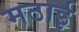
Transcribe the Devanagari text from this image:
मठाई